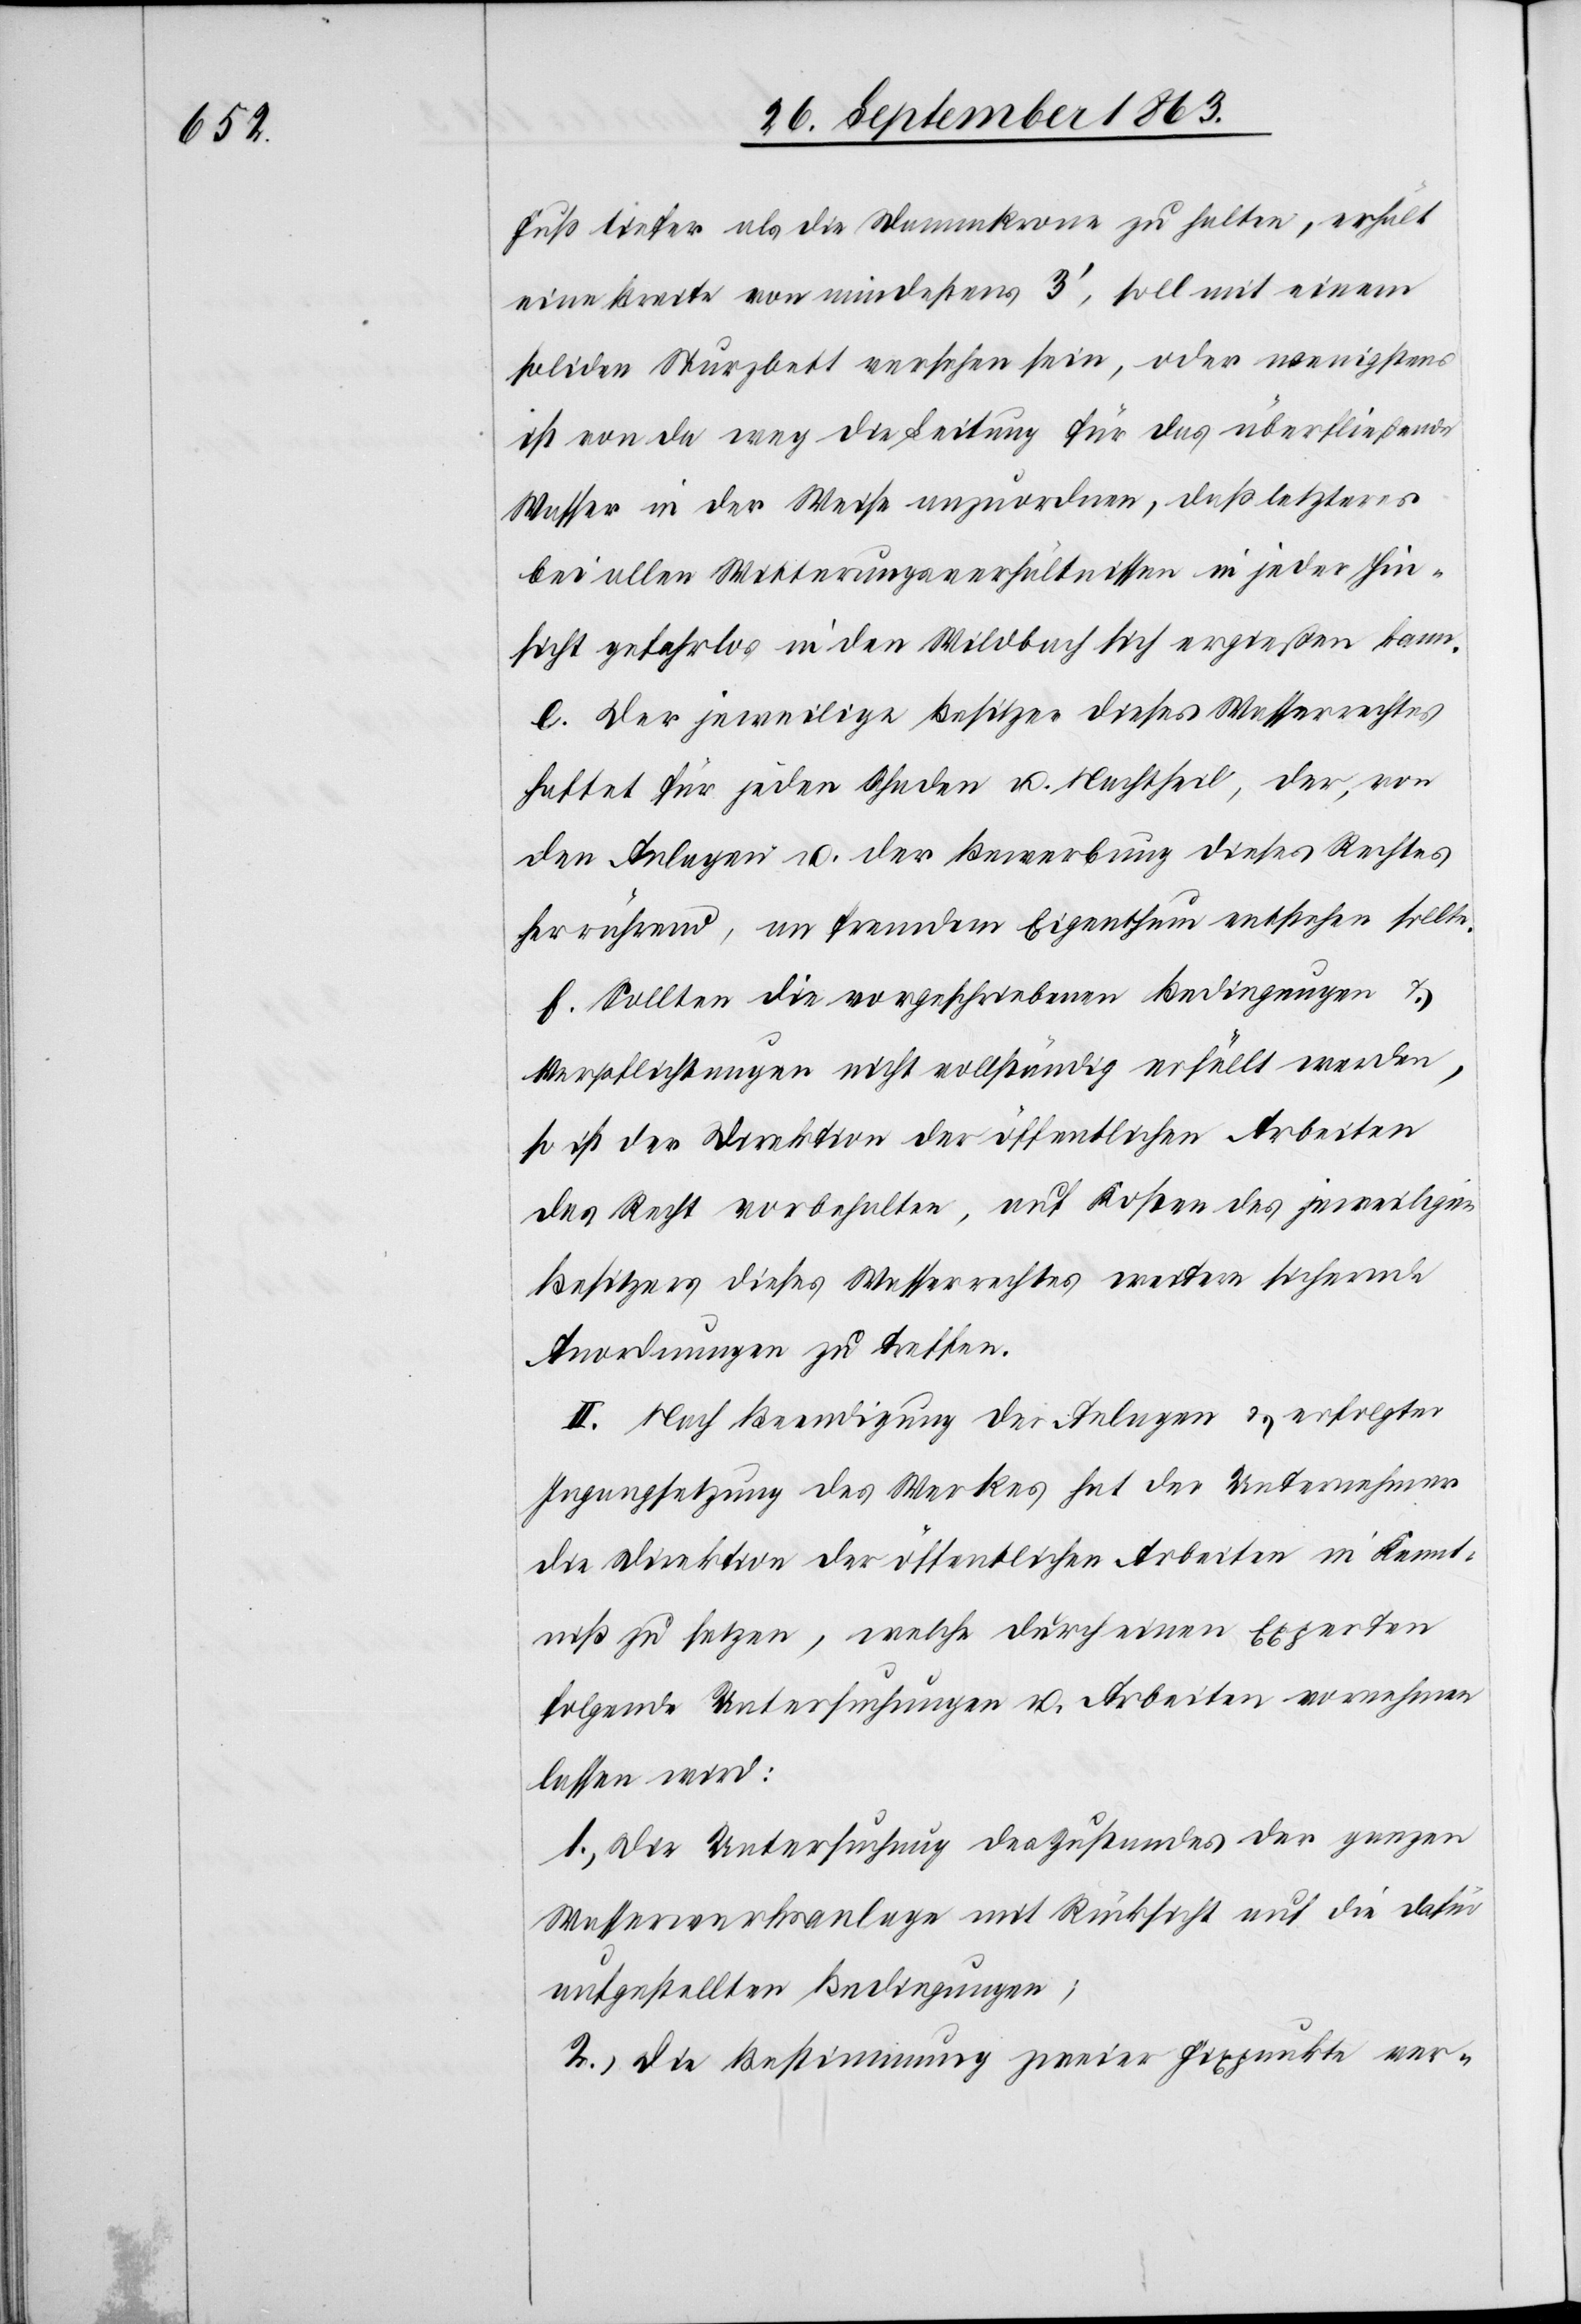
Fuß tiefer als die Dammkrone zu halten, erhält
eine Breite von mindestens 3', soll mit einem
soliden Sturzbett versehen sein, oder wenigstens
ist von da weg die Leitung für das überfließende
Wasser in der Weise anzuordnen, daß letzteres
bei allen Witterungsverhältnissen in jeder Hin¬
sicht gefahrlos in den Wildbach sich ergießen kann.
e. Der jeweilige Besitzer dieses Wasserrechtes
haftet für jeden Schaden u. Nachtheil, der, von
den Anlagen u. der Bewerbung dieses Rechtes
herrührend, an fremdem Eigenthum entstehen sollte.
f. Sollten die vorgeschriebenen Bedingungen &
Verpflichtungen nicht vollständig erfüllt werden,
so ist der Direktion der öffentlichen Arbeiten
das Recht vorbehalten, auf Kosten des jeweiligen
Besitzers dieses Wasserrechtes weitere sichernde
Anordnungen zu treffen.
II. Nach Beendigung der Anlagen & erfolgter
Ingangsetzung des Werkes hat der Unternehmer
die Direktion der öffentlichen Arbeiten in Kennt¬
niß zu setzen, welche durch einen Experten
folgende Untersuchungen u. Arbeiten vornehmen
lassen wird:
1.) Die Untersuchung des Zustandes der ganzen
Wasserwerksanlage mit Rücksicht auf die dafür
aufgestellten Bedingungen;
2.) Die Bestimmung zweier Fixpunkte ver-